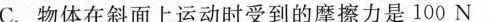
C.物体在斜面上运动时受到的摩擦力是100N